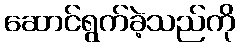
ဆောင်ရွက်ခဲ့သည်ကို